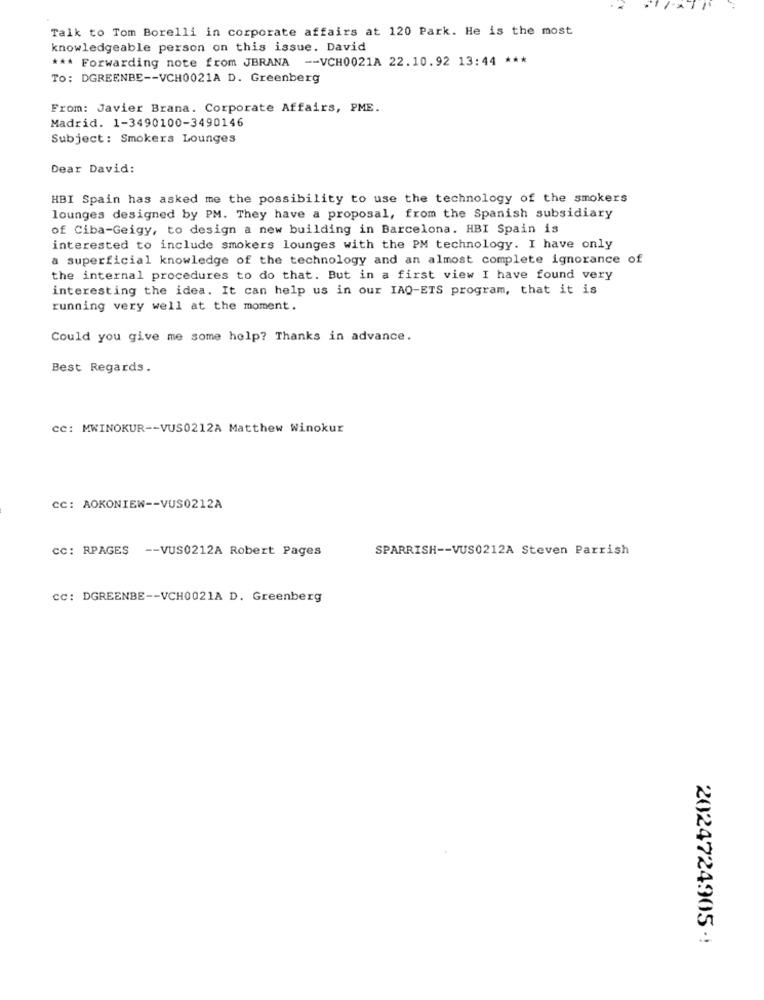
Talk to Tom Borelli in corporate affairs at 120 Park. He is the most
knowledgeable person on this issue. David
*** Forwarding note from JBRANA -- VCH0021A 22.10.92 13:44 ***
To: DGREENBE -- VCH0021A D. Greenberg
From: Javier Brana. Corporate Affairs, PME.
Madrid. 1-3490100-3490146
Subject: Smokers Lounges
Dear David:
HBI Spain has asked me the possibility to use the technology of the smokers
lounges designed by PM. They have a proposal, from the Spanish subsidiary
of Ciba-Geigy, to design a new building in Barcelona. HBI Spain is
interested to include smokers lounges with the PM technology. I have only
a superficial knowledge of the technology and an almost complete ignorance of
the internal procedures to do that. But in a first view I have found very
interesting the idea. It can help us in our IAQ-ETS program, that it is
running very well at the moment.
Could you give me some help? Thanks in advance.
Best Regards.
cc: MWINOKUR -- VUS0212A Matthew Winokur
CC: AOKONIEW -- VUS0212A
cc: RPAGES
-- VUS0212A Robert Pages
SPARRISH -- VUS0212A Steven Parrish
cc: DGREENBE -- VCH0021A D. Greenberg
2024724905 -!